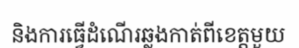
និងការធ្វើដំណើរឆ្លងកាត់ពីខេត្តមួយ